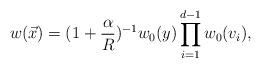
LaTeX: \begin{align*}w(\vec{x})= ({1+\frac{\alpha}{R}})^{-1}w_0(y)\prod_{i=1}^{d-1}w_0(v_i),\end{align*}